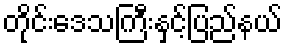
တိုင်းဒေသကြီးနှင့်ပြည်နယ်